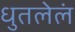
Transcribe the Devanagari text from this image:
धुतलेलं